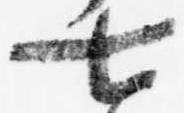
七